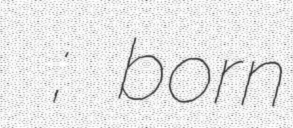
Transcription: ოლეგ მამასახლისი; born